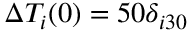
\Delta T _ { i } ( 0 ) = 5 0 \delta _ { i 3 0 }